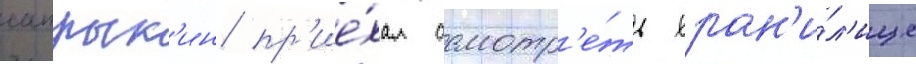
сапрык'ин пр'ие́хал осмотр'е́ть хран'и́л'ище